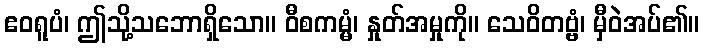
ဧဝရူပံ၊ ဤသို့သဘောရှိသော။ ဝီစကမ္မံ၊ နှုတ်အမှုကို။ သေဝိတဗ္ဗံ၊ မှီဝဲအပ်၏။